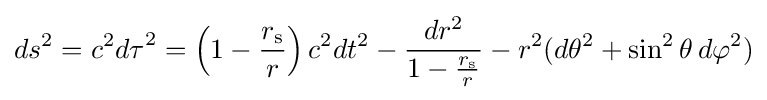
ds^{2}=c^{2}{d\tau }^{2}=\left(1-{\frac {r_{\text{s}}}{r}}\right)c^{2}dt^{2}-{\frac {dr^{2}}{1-{\frac {r_{\text{s}}}{r}}}}-r^{2}(d\theta ^{2}+\sin ^{2}\theta \,d\varphi ^{2})